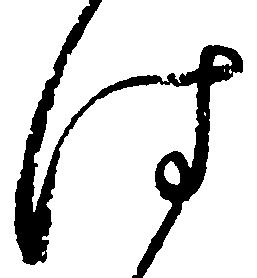
は